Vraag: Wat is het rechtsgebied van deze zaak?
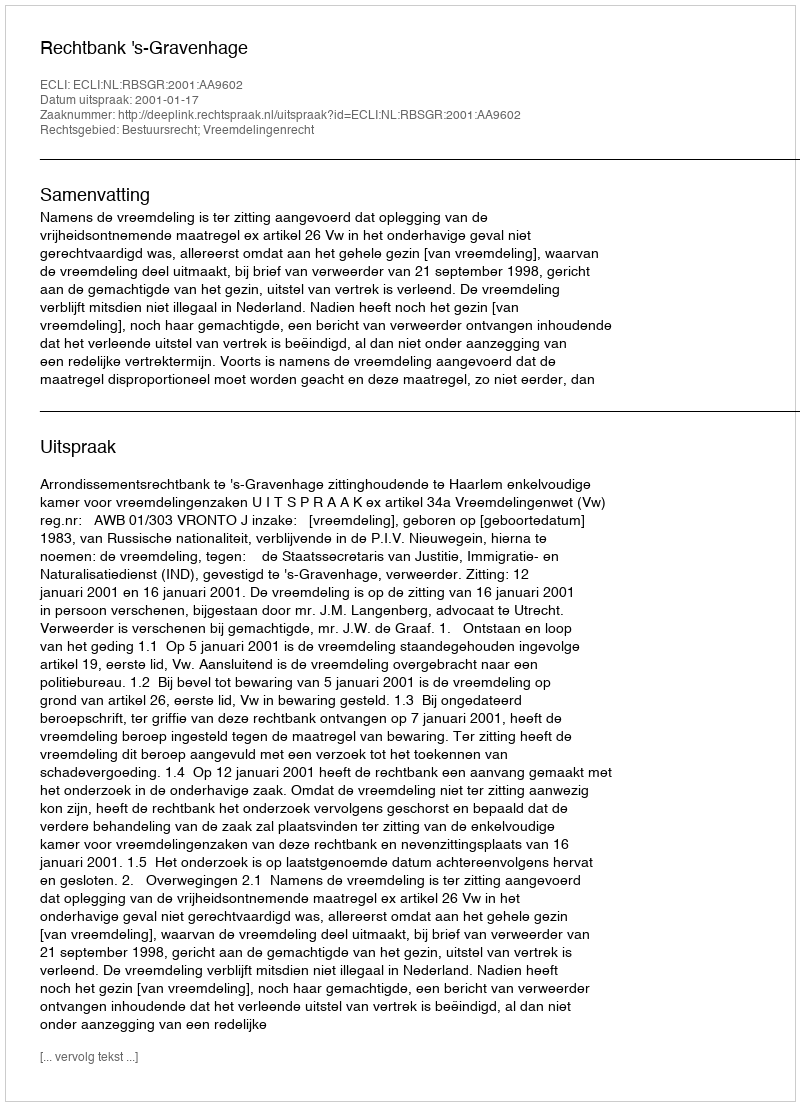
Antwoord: Bestuursrecht; Vreemdelingenrecht